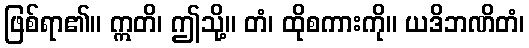
ဖြစ်ရာ၏။ ဣတိ၊ ဤသို့။ တံ၊ ထိုစကားကို။ ယဒိဘဏိတံ၊